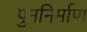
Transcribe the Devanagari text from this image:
पुननिर्माण